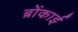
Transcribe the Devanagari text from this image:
ब्रोंकाई